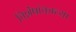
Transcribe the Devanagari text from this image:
विशेषांकाच्या